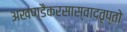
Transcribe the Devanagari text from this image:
अखण्डैकरसास्वादतृप्तो